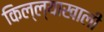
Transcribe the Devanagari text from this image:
किल्ल्याखाली